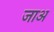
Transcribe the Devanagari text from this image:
जाअ